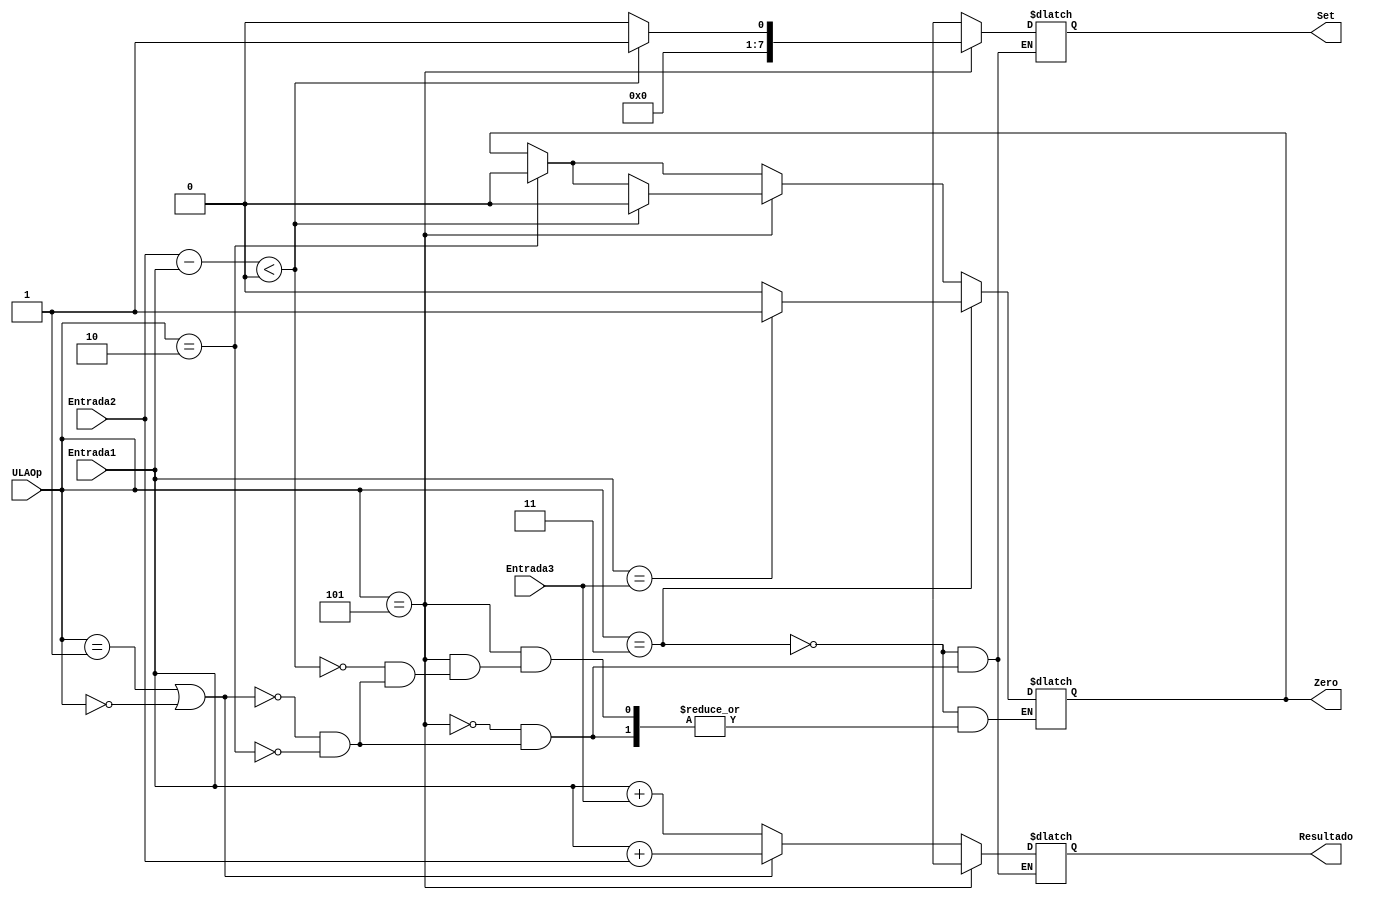
module ULA(Entrada1, Entrada2, Entrada3, Zero, Resultado, Set, ULAOp);
input wire [7:0] Entrada1;
input wire [7:0] Entrada2;
input wire [7:0] Entrada3;
input [2:0] ULAOp;
reg signed[7:0] E1;
reg signed [7:0] E2; 
output  reg Zero;
output reg [7:0] Resultado;
output reg [7:0] Set;
always @(*)begin 
	E1 = Entrada1; // Transforma a Entrada1 em um nmero binario de 8 bits com sinal
	E2 = Entrada2; // Transforma a Entrada2 em um nmero binario de 8 bits com sinal
	if(ULAOp == 3'b010) begin
		Resultado = Entrada1 + Entrada3;
		Set = 8'bxxxxxxxx;	// No add no utiliza a saida Set
		Zero = 0;
	end
	if(ULAOp == 3'b001 || ULAOp == 3'b000) begin // sw OU lw
		Resultado = Entrada1 + Entrada2; // Soma as Entradas 1 e 2
		Set = 8'bxxxxxxxx;	// No add no utiliza a saida Set
		Zero = 1'bx;
	end
	if(ULAOp == 3'b101) begin // slt
		if(E2 - E1 < 0) begin
			Set = 8'b00000001; // Se Entrada1 < Entrada2 o set  1
			Resultado = 8'bxxxxxxxx; // No slt no utiliza a saida Resultado
			Zero = 0;
		end
		else begin 
			Set = 8'b00000000; // Se Entrada1 > Entrada2 o set  0
			Resultado = 8'bxxxxxxxx; // No slt no utiliza a saida Resultado
		end
	end
	if(ULAOp == 3'b011) begin // beq
			Set = 8'bxxxxxxxx; // No beq no utiliza a saida Set
			Resultado = 8'bxxxxxxxx; // No beq no utiliza a saida Resultado
			if(Entrada1 == Entrada3) begin
				Zero = 1;
			end
			else begin
				Zero = 0;
			end
	end
end
endmodule